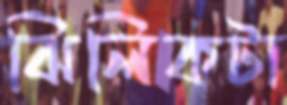
ঝিলিকটা